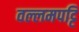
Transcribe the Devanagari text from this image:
वल्लमपट्टि